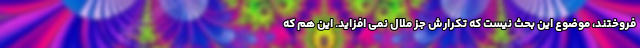
فروختند، موضوع این بحث نیست که تکرارش جز ملال نمی افزاید. این هم که